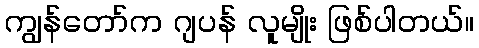
ကျွန်တော်က ဂျပန် လူမျိုး ဖြစ်ပါတယ်။